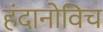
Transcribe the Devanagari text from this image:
हंदानोविच